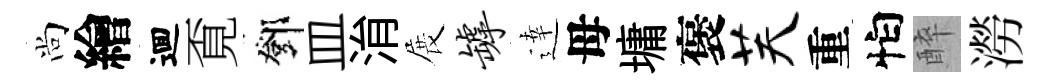
尚繪逥覔鄧皿㳙展罅逹母墉褒芙重怕醉澇